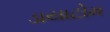
ડાયાટોમ